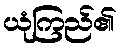
ယုံကြည်၏